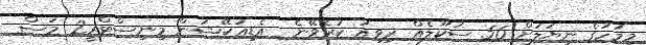
މިމަހުގެ ނިޔަލަށް 56 ސުކޫލެއް ރިވިއު ކުރެވޭނެ  އެޑިއުކޭޝަން މިނިސްޓްރީ2 މަސް